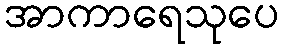
အာကာရေသုပေ